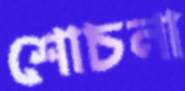
শোচনা